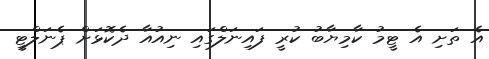
އެ ތަށި އެ ޓީމު ކާމިޔާބު ކުރީ ފައިނަލްގައި ނިއުއާ ދެކޮޅަށް ޕެނަލްޓީ